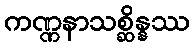
ကဏ္ဏနာသစ္ဆိန္နဿ